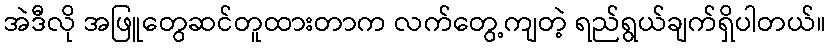
အဲဒီလို အဖြူတွေဆင်တူထားတာက လက်တွေ့ကျတဲ့ ရည်ရွယ်ချက်ရှိပါတယ်။